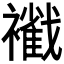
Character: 𧞩